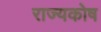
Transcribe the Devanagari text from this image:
राज्‍यकोष